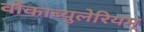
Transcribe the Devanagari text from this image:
वोकाब्युलेरियम्